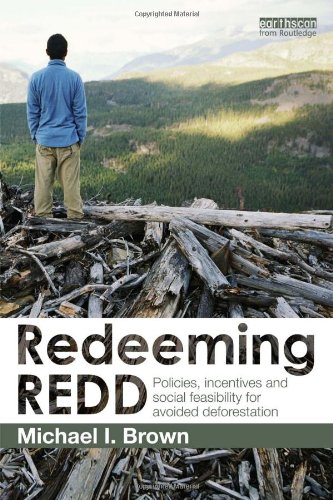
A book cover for Redeeming REDD: Policies, Incentives and Social Feasibility for Avoided Deforestation; Michael I. Brown; Science & Math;